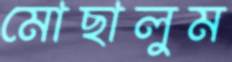
মোছালুম